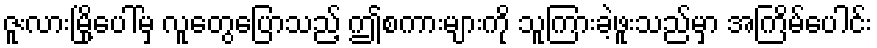
ဇူးလားမြို့ပေါ်မှ လူတွေပြောသည့် ဤစကားများကို သူကြားခဲ့ဖူးသည်မှာ အကြိမ်ပေါင်း